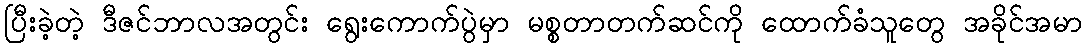
ပြီးခဲ့တဲ့ ဒီဇင်ဘာလအတွင်း ရွေးကောက်ပွဲမှာ မစ္စတာတက်ဆင်ကို ထောက်ခံသူတွေ အခိုင်အမာ